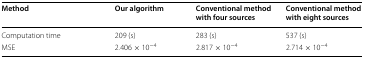
<table><thead><tr><td><b>Method</b></td><td><b>Our algorithm</b></td><td><b>Conventional method with four sources</b></td><td><b>Conventional method with eight sources</b></td></tr></thead><tbody><tr><td>Computation time</td><td>209 (s)</td><td>283 (s)</td><td>537 (s)</td></tr><tr><td>MSE</td><td>2.406 × 10<sup>−4</sup></td><td>2.817 × 10<sup>−4</sup></td><td>2.714 × 10<sup>−4</sup></td></tr></tbody></table>